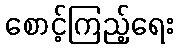
စောင့်ကြည့်ရေး